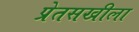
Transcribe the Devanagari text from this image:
प्रेतसखीला